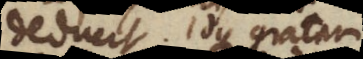
deducit. Idque gratam